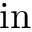
\mathrm { i n }